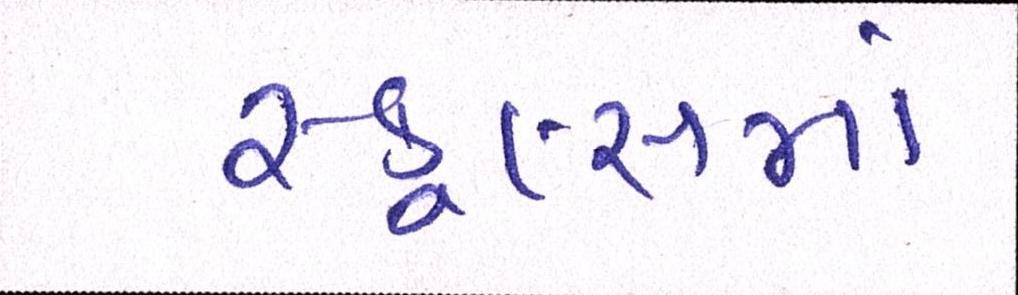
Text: સ્કૂલ્સમાં